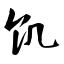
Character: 饥